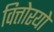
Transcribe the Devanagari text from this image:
वित्तोरयो